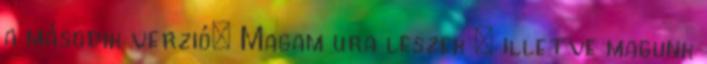
a második verzió: Magam ura leszek : illetve magunk